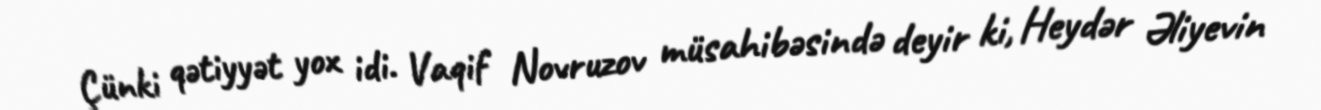
Çünki qətiyyət yox idi. Vaqif Novruzov müsahibəsində deyir ki, Heydər Əliyevin